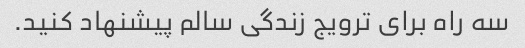
سه راه برای ترویج زندگی سالم پیشنهاد کنید.